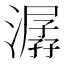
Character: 潺